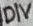
Text: DIV